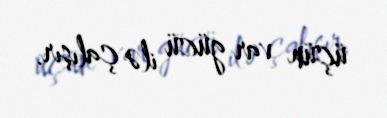
üçün var gücü ilə çalışır.